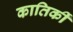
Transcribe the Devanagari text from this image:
कातिर्की